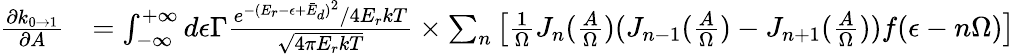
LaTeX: \begin{array}{rl}{\frac{\partial k_{0\rightarrow 1}}{\partial A}}&{=\int_{-\infty}^{+\infty}d\epsilon\Gamma\frac{e^{-(E_{r}-\epsilon+\bar{E}_{d})^{2}}/4E_{r}kT}{\sqrt{4\pi E_{r}kT}}\times\sum_{n}\left[\frac{1}{\Omega}J_{n}(\frac{A}{\Omega})(J_{n-1}(\frac{A}{\Omega})-J_{n+1}(\frac{A}{\Omega}))f(\epsilon-n\Omega)\right]}\end{array}